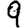
Digit: 9